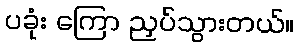
ပခုံး ကြော ညှပ်သွားတယ်။